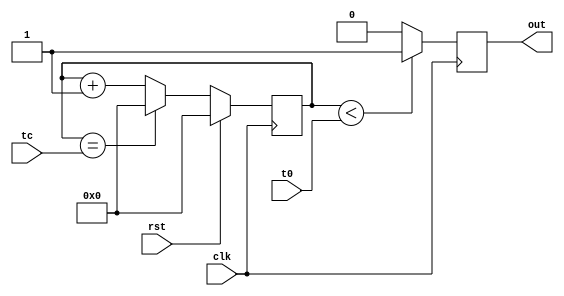
//
// Generate a PWM signal.
// The primary counter is clocked by the clk signal.
// When the counter reaches tc, it resets back to zero.
// If the counter is less than t0, the output is high.
//

module pwm #(parameter WIDTH=16) (
    input clk,
    input rst,
    input [WIDTH-1:0] tc,  // Terminal count for counter
    input [WIDTH-1:0] t0,  // Time to turn off output
    output reg out
  );
  
  // Counter PWM is based on
  reg [WIDTH-1:0] M_counter;
  
  // Increment counter and set output
  always @(posedge clk) 
  begin
   
    if (M_counter == tc)
      begin
        M_counter <= 0;
      end
    else
      begin
        M_counter <= M_counter + 1'h1;
      end  
    
    if (M_counter < t0)
      out = 1;
    else
      out = 0;
        
    
    if (rst == 1'b1) 
      begin
        M_counter <= 1'h0;
      end 
    
    
  end
  
  
endmodule